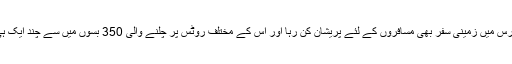
اسی طرح پیرس میں زمینی سفر بھی مسافروں کے لئے پریشان کن رہا اور اس کے مختلف روٹس پر چلنے والی 350 بسوں میں سے چند ایک ہی فعال رہیں۔